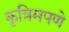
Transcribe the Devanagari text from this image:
कृत्रिमपणे